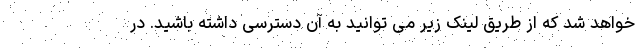
خواهد شد که از طریق لینک زیر می توانید به آن دسترسی داشته باشید. در